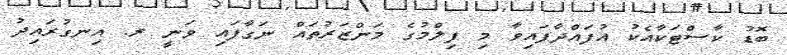
ބޮޑު ކާސްޓަކާއެކު އުފައްދާފައިވާ މި ފިލްމުގެ މަންޒަރުތައް ނަގާފައި ވަނީ ރ. އިނގުރައިދު